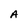
Character: A